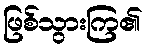
ဖြစ်သွားကြ၏